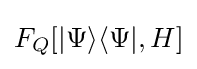
F_{Q}[|\Psi \rangle \langle \Psi |,H]